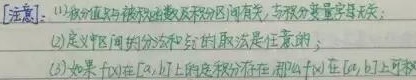
【注意】：
(1) 积分值只与被积函数及积分区间有关，与积分变量字母无关；
(2) 定义中区间的分法和 \(\xi_{i}\) 的取法是任意的；
(3) 如果 \(f(x)\) 在 \([a,b]\) 上的定积分存在，那么 \(f(x)\) 在 \([a,b]\) 上可积。